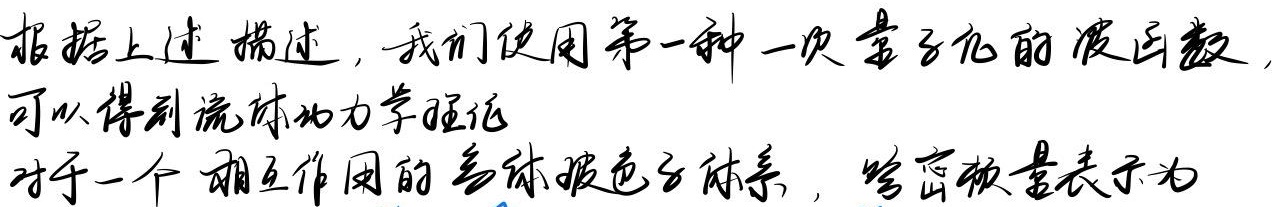
根据上述描述，我们使用第一种一次量子化的波函数，可以得到流体动力学理论。对于一个相互作用的多体玻色子体系，哈密顿量表示为